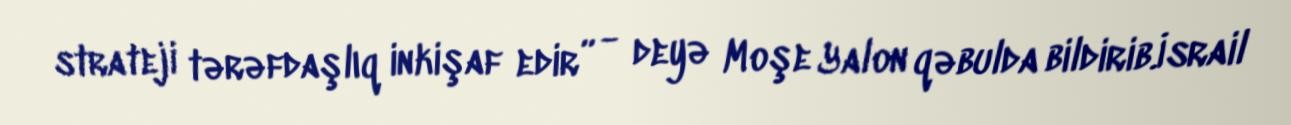
strateji tərəfdaşlıq inkişaf edir” - deyə Moşe Yalon qəbulda bildirib.İsrail